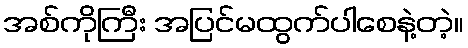
အစ်ကိုကြီး အပြင်မထွက်ပါစေနဲ့တဲ့။